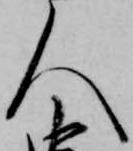
人